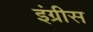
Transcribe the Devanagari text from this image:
इंग्रीस